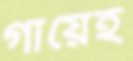
গায়েই